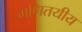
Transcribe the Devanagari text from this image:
गणितयीय